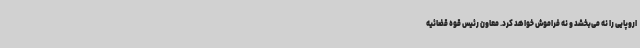
اروپایی را نه می‌بخشد و نه فراموش خواهد کرد. معاون رئیس قوه قضائیه